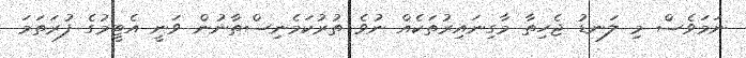
ނަމަވެސް މި ލަނޑު ޖެހިތާ މާގިނައިރުތަކެއް ނުވެ ތުރުކަމެނިސްތާނުން ވަނީ އެޓީމުގެ ފުރަތަމަ